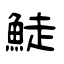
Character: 鯐